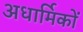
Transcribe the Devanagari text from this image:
अधार्मिकों